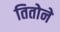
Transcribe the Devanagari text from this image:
तितोने